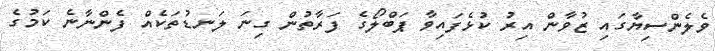
ވެލެންސިޔާގައި ޒުވާން އިރު ކުޅެފައިވާ ޕަބްލޯގެ ފަރާތުން ގިނަ ލަނޑުތަކެއް ފެންނާނެ ކަމުގެ